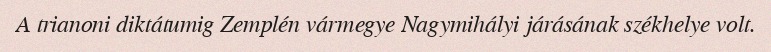
A trianoni diktátumig Zemplén vármegye Nagymihályi járásának székhelye volt.